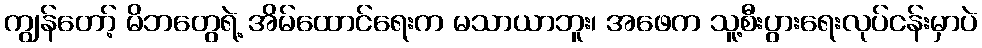
ကျွန်တော့် မိဘတွေရဲ့ အိမ်ထောင်ရေးက မသာယာဘူး၊ အဖေက သူ့စီးပွားရေးလုပ်ငန်းမှာပဲ